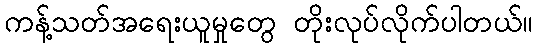
ကန့်သတ်အရေးယူမှုတွေ တိုးလုပ်လိုက်ပါတယ်။